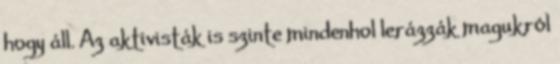
hogy áll. Az aktivisták is szinte mindenhol lerázzák magukról